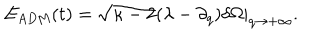
E _ { \mathrm { A D M } } ( t ) = \sqrt { \kappa - 2 } ( \lambda - \partial _ { q } ) \delta \Omega | _ { q \rightarrow + \infty } .